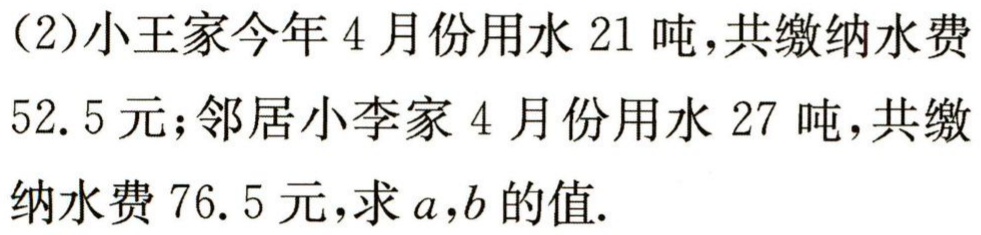
（2）小王家今年4月份用水21吨，共缴纳水费

52.5元；邻居小李家4月份用水27吨，共缴

纳水费76.5元，求\(a,b\)的值.